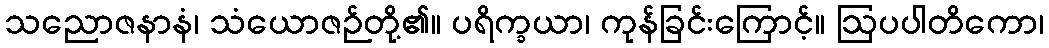
သညောဇနာနံ၊ သံယောဇဉ်တို့၏။ ပရိက္ခယာ၊ ကုန်ခြင်းကြောင့်။ ဩပပါတိကော၊